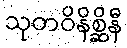
သုတဝိနိစ္ဆိနီ